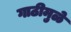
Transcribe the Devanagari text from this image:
गाठीमुळे